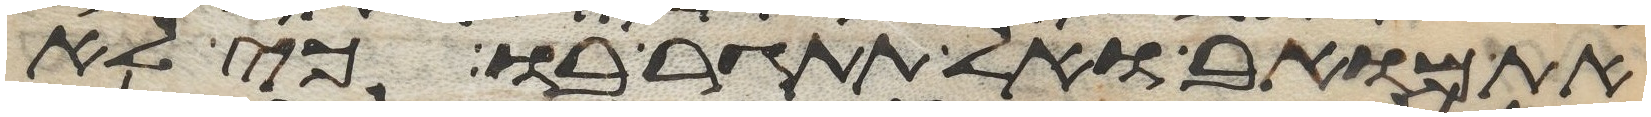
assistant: את מואב ואל תתגר בו כי לא